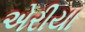
એરીયા